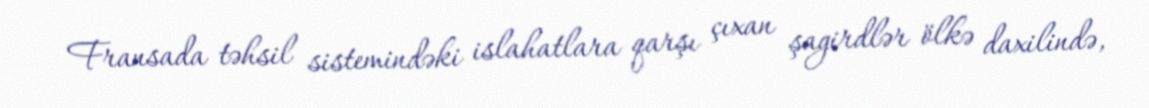
Fransada təhsil sistemindəki islahatlara qarşı çıxan şagirdlər ölkə daxilində,